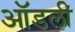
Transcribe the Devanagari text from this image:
ऑडली